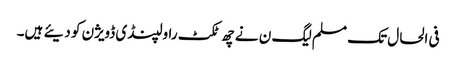
فی الحال تک مسلم لیگ ن نے چھ ٹکٹ راولپنڈی ڈویژن کو دیئے ہیں۔